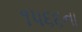
૧૫૬૬ના